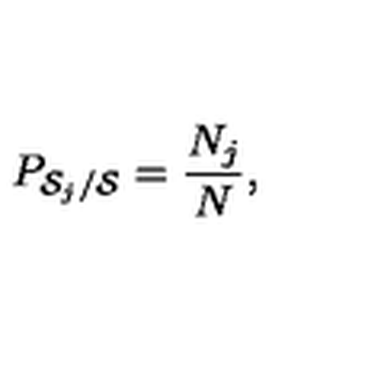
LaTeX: P _ { { \cal S } _ { j } / { \cal S } } = \frac { N _ { j } } { N } ,